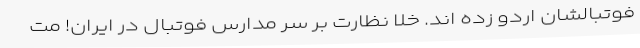
فوتبالشان اردو زده اند. خلا نظارت بر سر مدارس فوتبال در ایران! مت